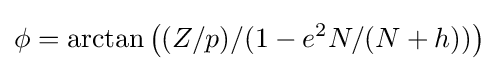
\phi =\arctan \left((Z/p)/(1-e^{2}N/(N+h))\right)